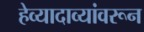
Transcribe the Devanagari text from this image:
हेव्यादाव्यांवरून